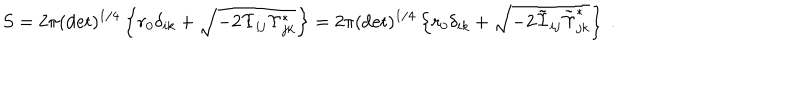
S = 2 \pi ( \det ) ^ { 1 / 4 } \left\{ r _ { 0 } \delta _ { i k } + \sqrt { - 2 \Upsilon _ { i j } \Upsilon _ { j k } ^ { * } } \right\} = 2 \pi ( \det ) ^ { 1 / 4 } \left\{ r _ { 0 } \delta _ { i k } + \sqrt { - 2 \tilde { \Upsilon } _ { i j } \tilde { \Upsilon } _ { j k } ^ { * } } \right\} \ .